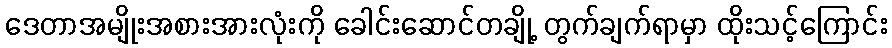
ဒေတာအမျိုးအစားအားလုံးကို ခေါင်းဆောင်တချို့ တွက်ချက်ရာမှာ ထိုးသင့်ကြောင်း